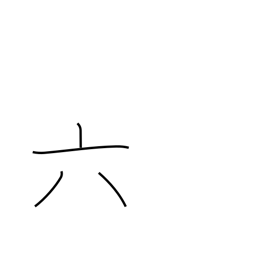
Meaning: six